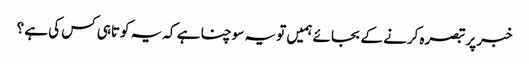
خبر پر تبصرہ کرنے کے بجائے ہمیں تو یہ سوچنا ہے کہ یہ کوتاہی کس کی ہے ؟